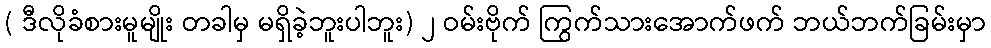
( ဒီလိုခံစားမူမျိုး တခါမှ မရှိခဲ့ဘူးပါဘူး) ၂ ဝမ်းဗိုက် ကြွက်သားအောက်ဖက် ဘယ်ဘက်ခြမ်းမှာ